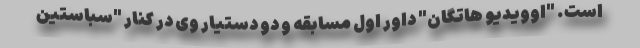
است. "اوویدیو هاتگان" داور اول مسابقه و دو دستیار وی در کنار "سباستین